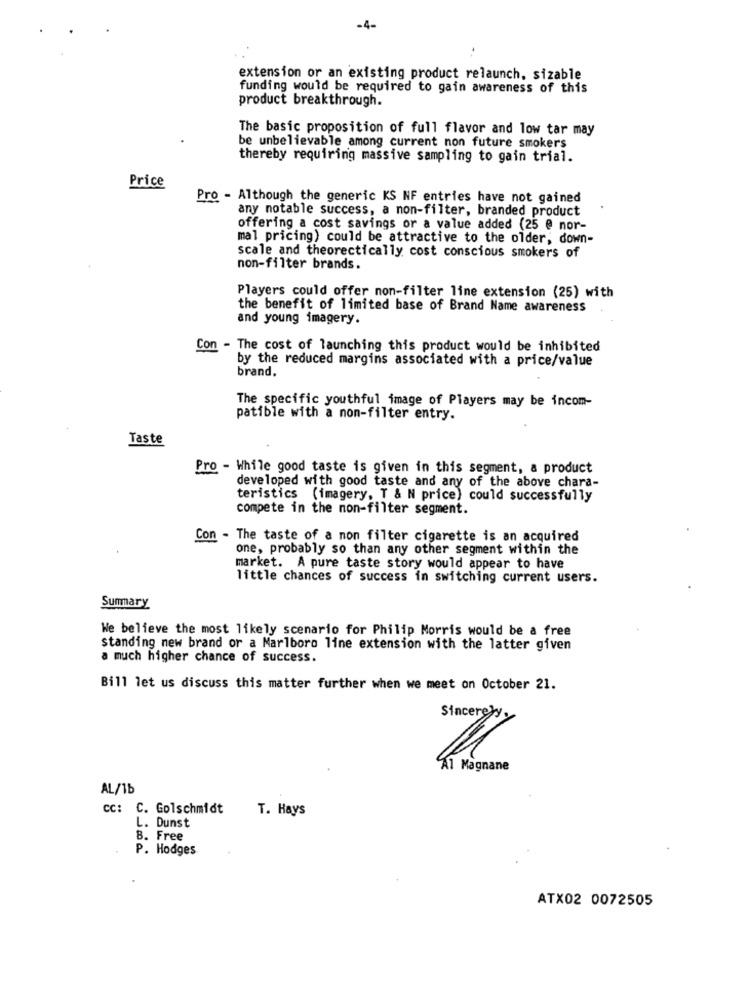
-4-
extension or an existing product relaunch, sizable
funding would be required to gain awareness of this
product breakthrough.
The basic proposition of full flavor and low tar may
be unbelievable among current non future smokers
thereby requiring massive sampling to gain trial.
Price
Pro - Although the generic KS NF entries have not gained
any notable success, a non-filter, branded product
offering a cost savings or a value added (25 @ nor-
mal pricing) could be attractive to the older, down-
scale and theorectically cost conscious smokers of
non-filter brands.
Players could offer non-filter line extension (25) with
the benefit of limited base of Brand Name awareness
and young imagery.
Con - The cost of launching this product would be inhibited
by the reduced margins associated with a price/value
brand.
The specific youthful image of Players may be incom-
patible with a non-filter entry.
Taste
Pro - While good taste is given in this segment, a product
developed with good taste and any of the above chara-
teristics (imagery, T & N price) could successfully
compete in the non-filter segment.
Con - The taste of a non filter cigarette is an acquired
one, probably so than any other segment within the
market. A pure taste story would appear to have
little chances of success in switching current users.
Summary
We believe the most likely scenario for Philip Morris would be a free
standing new brand or a Marlboro line extension with the latter given
a much higher chance of success.
Bill let us discuss this matter further when we meet on October 21.
Sincerely,
Al Magnane
AL/1b
cc: C. Golschmidt
T. Hays
L. Dunst
8. Free
P. Hodges
ATX02 0072505